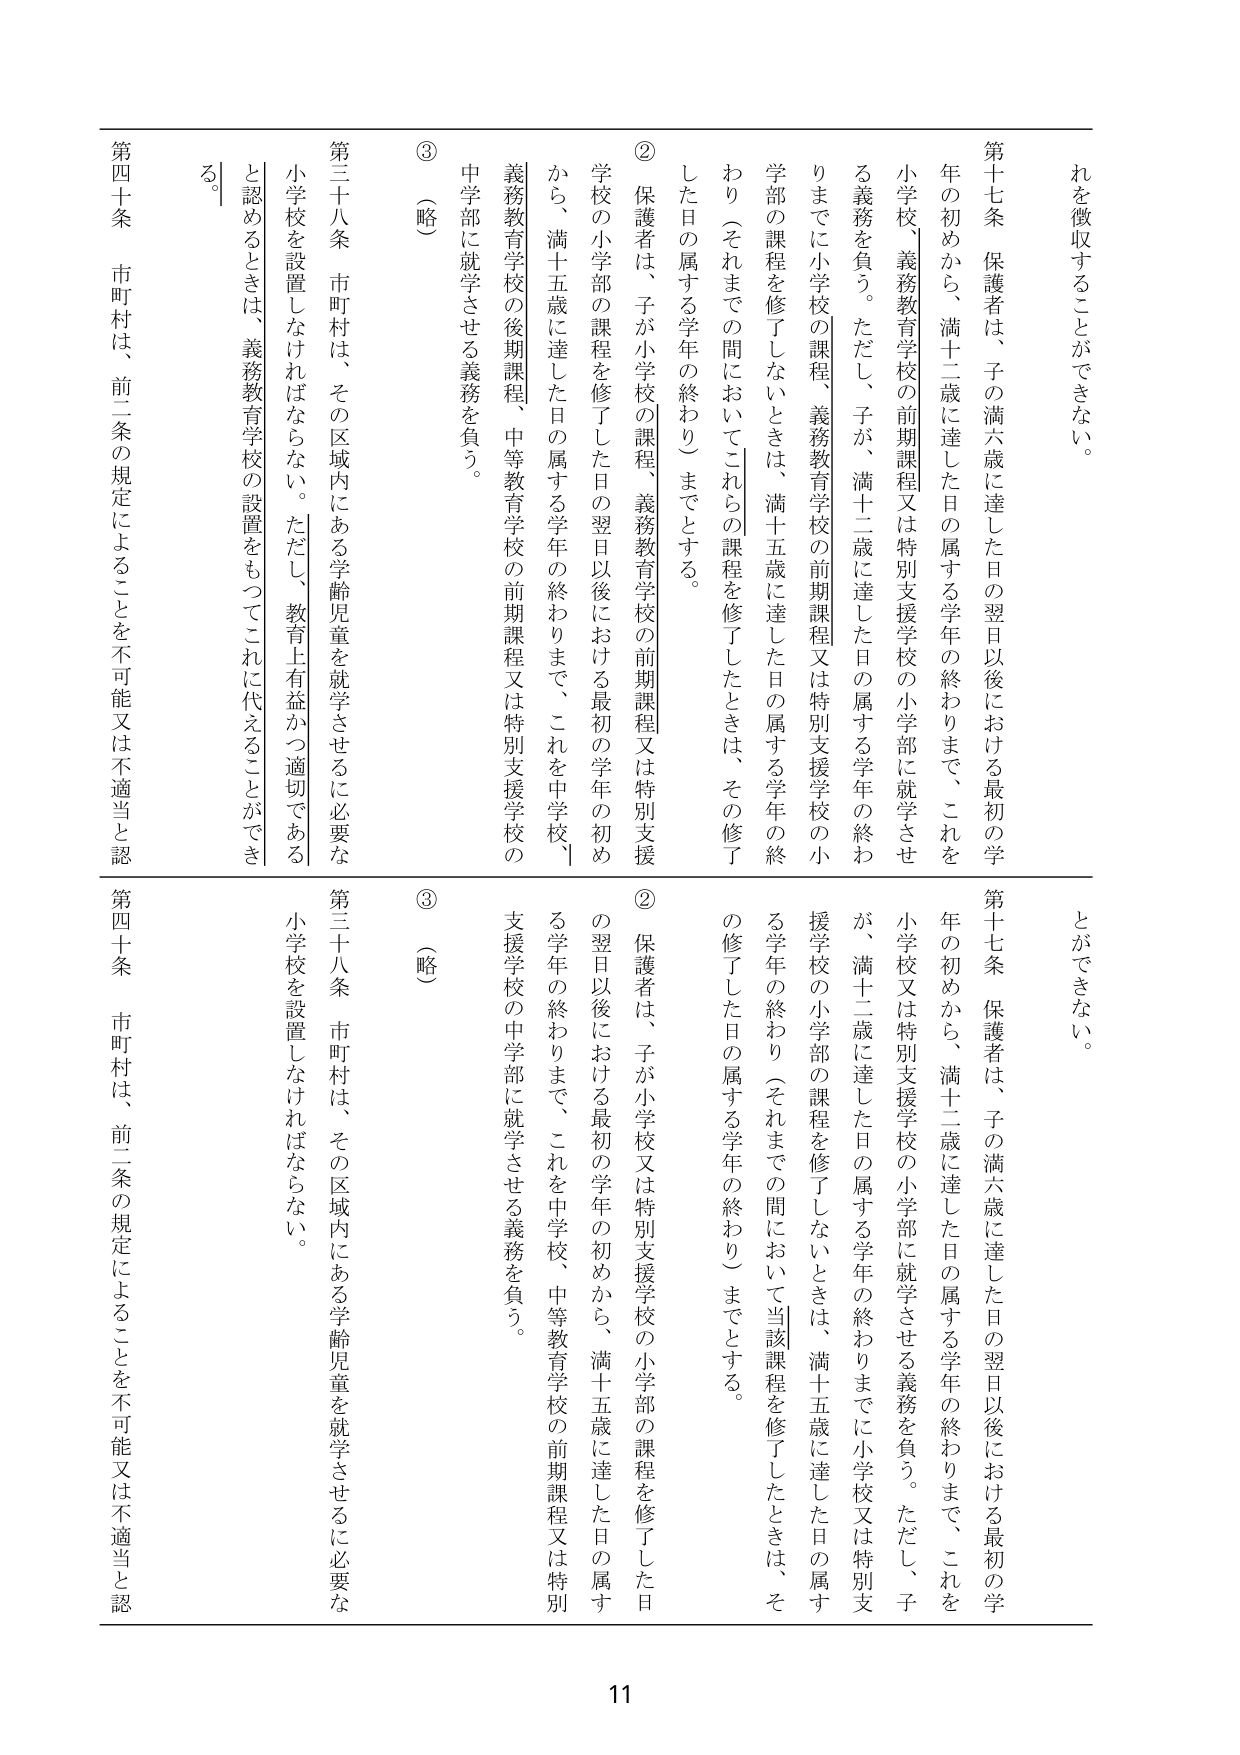
第十七条 保護者は、子の満六歳に達した日の翌日以後における最初の学年の初めから、満十二歳に達した日の属する学年の終わりまで、これを小学校、義務教育学校の前期課程又は特別支援学校の小学部に就学させる義務を負う。ただし、子が、満十二歳に達した日の属する学年の終わりまでに小学校の課程、義務教育学校の前期課程又は特別支援学校の小学部の課程を修了しないときは、満十五歳に達した日の属する学年の終わり（それまでの間においてこれらの課程を修了したときは、その修了した日の属する学年の終わり）までとする。

② 保護者は、子が小学校の課程、義務教育学校の前期課程又は特別支援学校の小学部の課程を修了した日の翌日以後における最初の学年の初めから、満十五歳に達した日の属する学年の終わりまで、これを中学校、義務教育学校の後期課程、中等教育学校の前期課程又は特別支援学校の中学部に就学させる義務を負う。

③ （略）

第三十八条 市町村は、その区域内にある学齢児童を就学させるに必要な小学校を設置しなければならない。ただし、教育上有益かつ適切であると認めるときは、義務教育学校の設置をもってこれに代えることができる。

第四十条 市町村は、前二条の規定によることを不可能又は不適当と認

第十七条 保護者は、子の満六歳に達した日の翌日以後における最初の学年の初めから、満十二歳に達した日の属する学年の終わりまで、これを小学校又は特別支援学校の小学部に就学させる義務を負う。ただし、子が、満十二歳に達した日の属する学年の終わりまでに小学校又は特別支援学校の小学部の課程を修了しないときは、満十五歳に達した日の属する学年の終わり（それまでの間において当該課程を修了したときは、その修了した日の属する学年の終わり）までとする。

② 保護者は、子が小学校又は特別支援学校の小学部の課程を修了した日の翌日以後における最初の学年の初めから、満十五歳に達した日の属する学年の終わりまで、これを中学校、中等教育学校の前期課程又は特別支援学校の中学部に就学させる義務を負う。

③ （略）

第三十八条 市町村は、その区域内にある学齢児童を就学させるに必要な小学校を設置しなければならない。

第四十条 市町村は、前二条の規定によることを不可能又は不適当と認

11